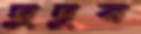
মুদুন